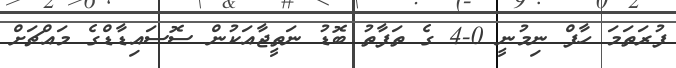
ފުރަތަމަ ހާފް ނިމުނީ 0-4 ގެ ތަފާތު ބޮޑު ނަތީޖާއަކުން ސޮސައިޑާޑްގެ މައްޗަށް